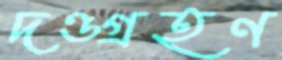
দণ্ডগ্রহণ